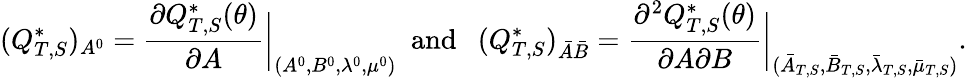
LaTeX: (Q_{T,S}^{*})_{A^{0}}=\frac{\partial Q_{T,S}^{*}(\theta)}{\partial A}\bigg\vert_{(A^{0},B^{0},\lambda^{0},\mu^{0})}~~\mathrm{and~}~~(Q_{T,S}^{*})_{\bar{A}\bar{B}}=\frac{\partial^{2}Q_{T,S}^{*}(\theta)}{\partial A\partial B}\bigg\vert_{(\bar{A}_{T,S},\bar{B}_{T,S},\bar{\lambda}_{T,S},\bar{\mu}_{T,S})}.